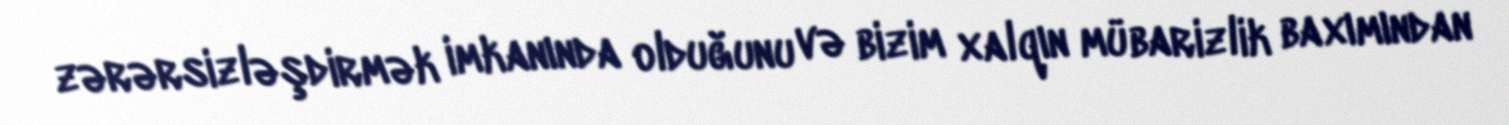
zərərsizləşdirmək imkanında olduğunu və bizim xalqın mübarizlik baxımından